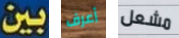
بين أعرف مشعل